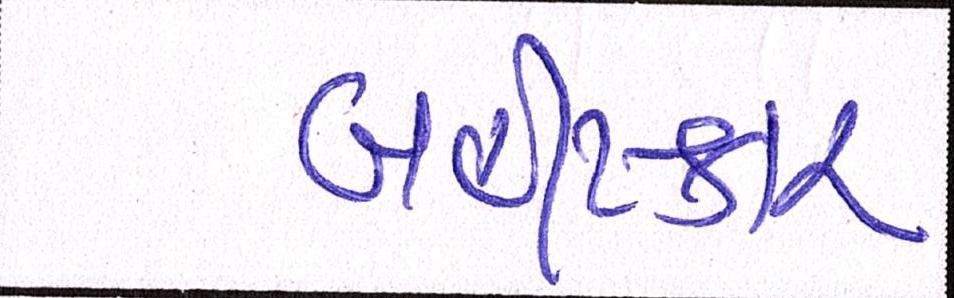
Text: બહીષ્કાર